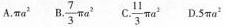
A.\pi a^{2} B.\frac{7}{3}\pi a^{2} C.\frac{11}{3}\pi a ^{2} D.5\pi a ^{2}